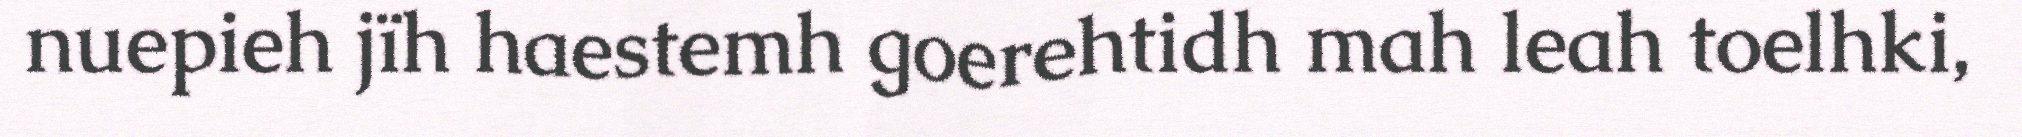
nuepieh jïh haestemh goerehtidh mah leah toelhki,